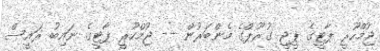
ޖުމްހޫރީ ޕާޓީގެ ޕީޖީ ގުރޫޕްގެ މެންބަރުން -- ޖުމްހޫރީ ޕާޓީގެ ނައިބު ރައީސް